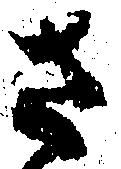
さ